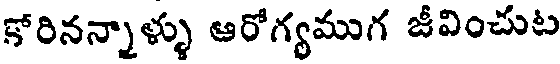
కోరినన్నాళ్ళు ఆరోగ్యముగ జీవించుట